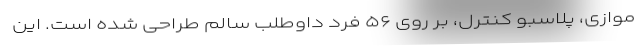
موازی، پلاسبو کنترل، بر روی ۵۶ فرد داوطلب سالم طراحی شده است. این